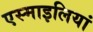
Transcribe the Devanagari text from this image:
एस्माइलियां